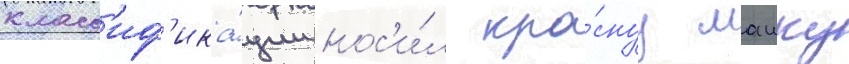
класс'иф'ика́ции нос'и́л кра́снуу маику